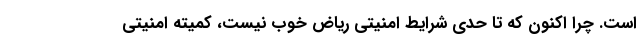
است. چرا اکنون که تا حدی شرایط امنیتی ریاض خوب نیست، کمیته امنیتی